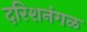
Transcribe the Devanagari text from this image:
दरिशनंगळ